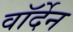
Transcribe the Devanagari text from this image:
वॉर्देन